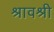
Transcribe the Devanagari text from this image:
श्रावश्री